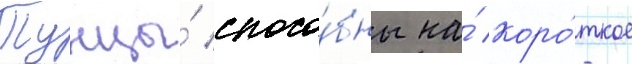
Тунцы́ спосо́бны на́ коро́ткое